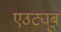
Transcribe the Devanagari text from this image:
एउट्यूब